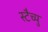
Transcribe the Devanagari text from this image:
स्टैच्यु